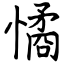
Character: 憰